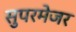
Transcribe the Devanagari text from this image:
सुपरमेजर